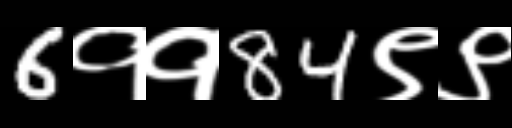
Text: 6११84९९